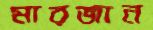
মারজান